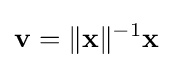
\mathbf {v} =\lVert \mathbf {x} \rVert ^{-1}\mathbf {x}